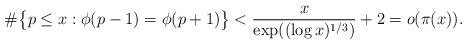
LaTeX: \begin{align*}\#\big\{ p \leq x : \phi(p-1) = \phi(p+1) \big\} < \frac{x}{\exp( (\log x)^{1/3})} + 2 = o(\pi(x)).\end{align*}